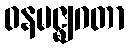
ဝနမဇ္ဈဂတာ